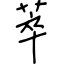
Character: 萃